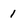
Character: 1